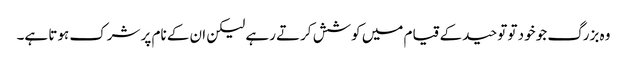
وہ بزرگ جو خود تو توحید کے قیام میں کوشش کرتے رہے لیکن ان کے نام پر شرک ہوتا ہے۔